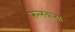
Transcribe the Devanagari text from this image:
रुलवाना